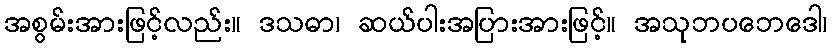
အစွမ်းအားဖြင့်လည်း။ ဒသဓာ၊ ဆယ်ပါးအပြားအားဖြင့်။ အသုဘပဘေဒေါ၊